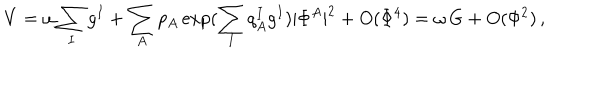
V = \omega \sum _ { I } g ^ { I } + \sum _ { A } p _ { A } \exp ( \sum _ { I } q _ { A } ^ { I } g ^ { I } ) | \Phi ^ { A } | ^ { 2 } + O ( \Phi ^ { 4 } ) = \omega \, G + O ( \Phi ^ { 2 } ) \, ,